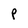
Character: P